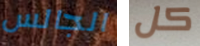
الجالس كل